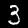
Digit: 3